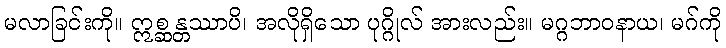
မလာခြင်းကို။ ဣစ္ဆန္တဿာပိ၊ အလိုရှိသော ပုဂ္ဂိုလ် အားလည်း။ မဂ္ဂဘာဝနာယ၊ မဂ်ကို